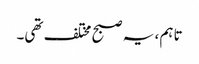
تاہم ، یہ صبح مختلف تھی۔